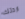
اردتك